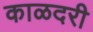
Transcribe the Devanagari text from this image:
काळदरी